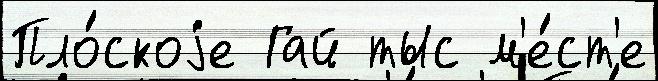
Пло́скоjе Гай тыс м'е́ст'е